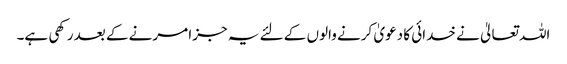
اللہ تعالیٰ نے خدائی کا دعویٰ کرنے والوں کے لئے یہ جزا مرنے کے بعد رکھی ہے۔